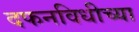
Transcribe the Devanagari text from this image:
दफनविधीच्या